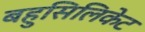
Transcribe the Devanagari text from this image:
बहुसिलिकेट